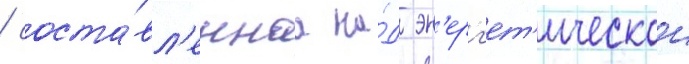
/ соста́вл'еннаа на́д эн'ерг'ет'ическои